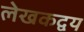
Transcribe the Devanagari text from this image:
लेखकद्वय